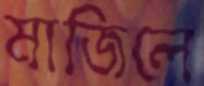
মাজিলে